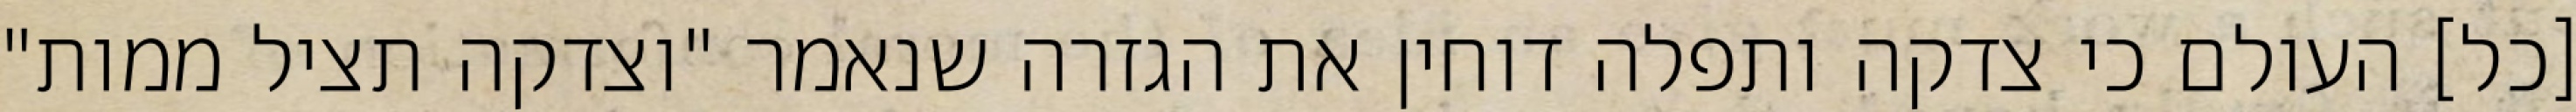
[כל] העולם כי צדקה ותפלה דוחין את הגזרה שנאמר "וצדקה תציל ממות"